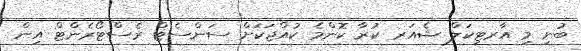
ބުނި މި އާރޓިކަލް ޝެއަރ ކުރާ ކޮންމެ ކުއްޖަކަށް ސަންސެޓް ރެސްޓޯރެންޓް އިން